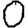
Digit: 0